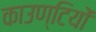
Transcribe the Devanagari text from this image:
काउण्टियों